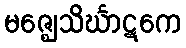
မဇ္ဈေသိင်္ဃာဋကေ